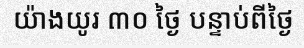
យ៉ាងយូរ ៣០ ថ្ងៃ បន្ទាប់ពីថ្ងៃ